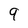
Character: 9